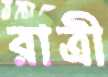
রাত্রী